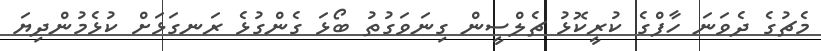
މެޗުގެ ދެވަނަ ހާފްގެ ކުރީކޮޅު ޗެލްސީން ގިނަވަގުތު ބޯޅަ ގެންގުޅެ ރަނގަޅަށް ކުޅެމުންދިޔަ